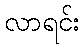
လာရင်း